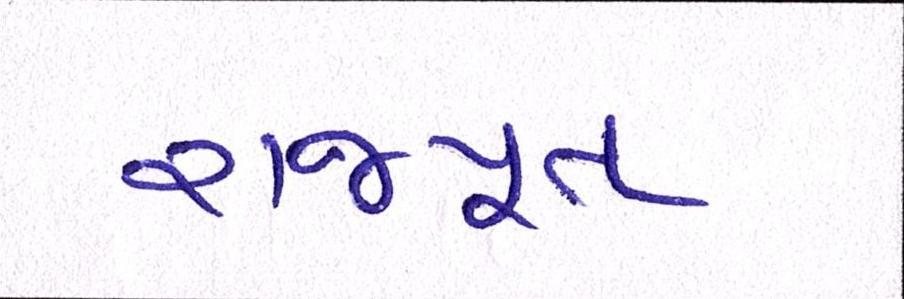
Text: રાજપૂત